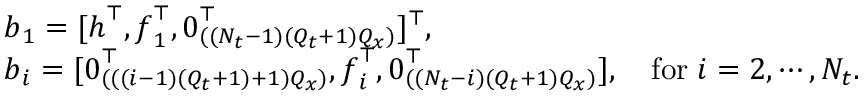
\begin{array} { r l } & { \boldsymbol { b } _ { 1 } = [ \boldsymbol { h } ^ { \top } , \boldsymbol { f } _ { 1 } ^ { \top } , \boldsymbol { 0 } _ { ( ( N _ { t } - 1 ) ( Q _ { t } + 1 ) Q _ { x } ) } ^ { \top } ] ^ { \top } , } \\ & { \boldsymbol { b } _ { i } = [ \boldsymbol { 0 } _ { ( ( ( i - 1 ) ( Q _ { t } + 1 ) + 1 ) Q _ { x } ) } ^ { \top } , \boldsymbol { f } _ { i } ^ { \top } , \boldsymbol { 0 } _ { ( ( N _ { t } - i ) ( Q _ { t } + 1 ) Q _ { x } ) } ^ { \top } ] , \quad \mathrm { f o r } \; i = 2 , \cdots , N _ { t } . } \end{array}